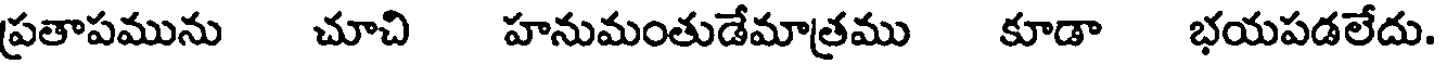
ప్రతాపమును చూచి హనుమంతుడేమాత్రము కూడా భయపడలేదు.